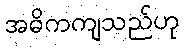
အဓိကကျသည်ဟု